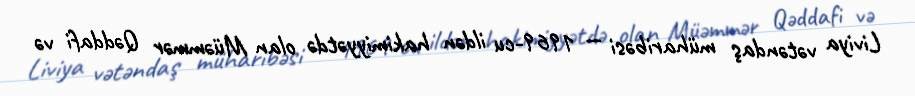
Liviya vətəndaş müharibəsi — 1969-cu ildən hakimiyyətdə olan Müəmmər Qəddafi və